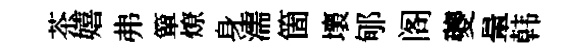
茶嬉弗簞燎身濡箇壞郇阁夔暈韩